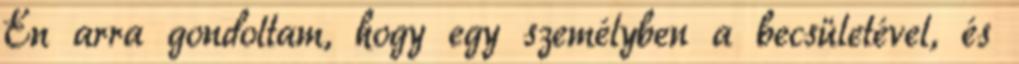
Én arra gondoltam, hogy egy személyben a becsületével, és